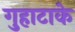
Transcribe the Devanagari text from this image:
गुहाटाके